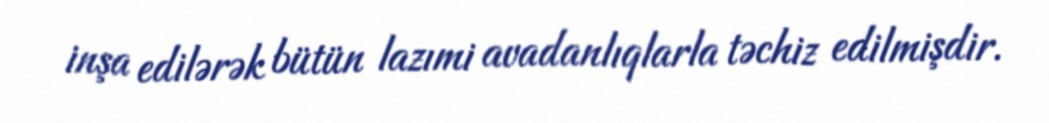
inşa edilərək bütün lazımi avadanlıqlarla təchiz edilmişdir.